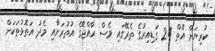
ކުރިޔަށް އޮތް 24 ގަޑިއިރުގެ ތެރޭގައި ވެސް ރާއްޖޭގެ އުތުރަށާއި މެދު އަތޮޅުތަކަށް